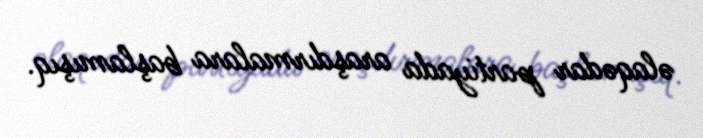
əlaqədar partiyada araşdırmalara başlamışıq.